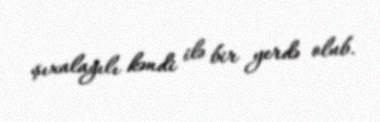
şıxalağılı kəndi ilə bir yerdə olub.